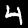
Digit: 4